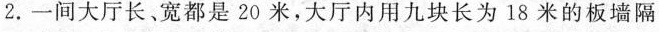
2.一间大厅长、宽都是20米，大厅内用九块长为18米的板墙隔